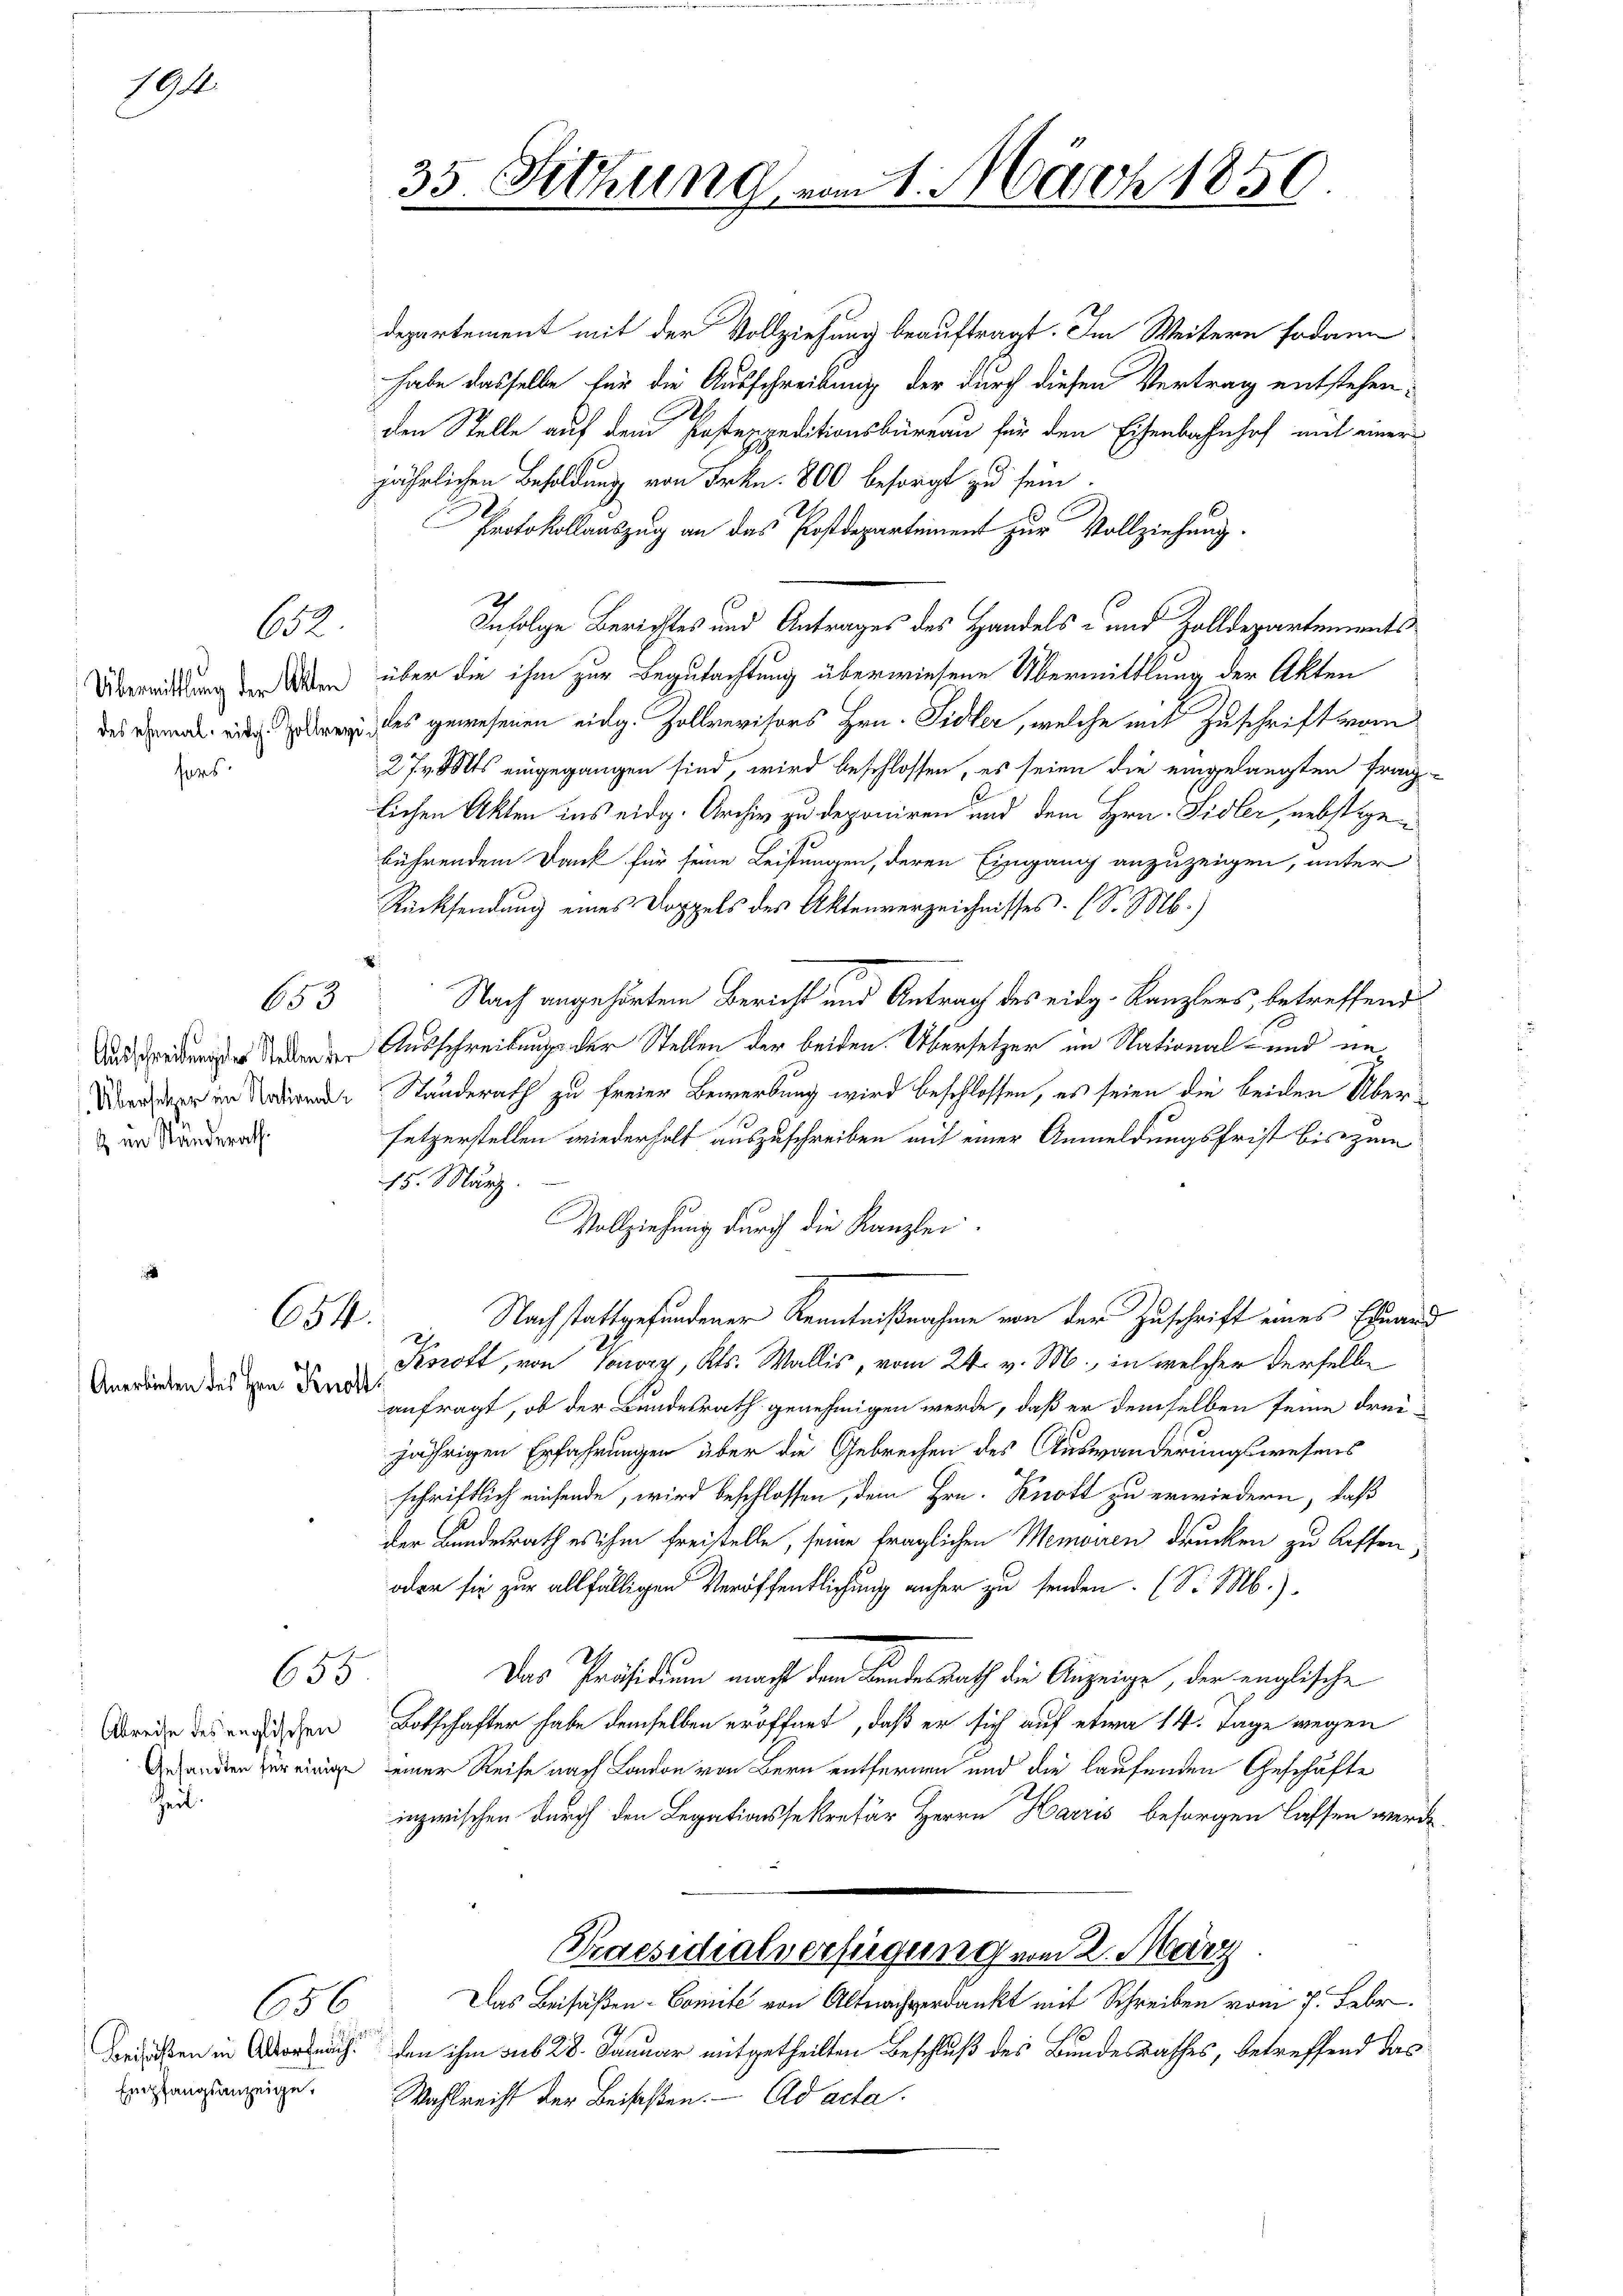
194.

Übermittlung der Akten
fors

62

departement mit der Vollziehung beauftragt. Im Weitern sodann
habe dasselbe für die Ausschreibung der durch diesen Vertrag entstehenden Stelle auf dem Pastexpeditionsbüreau für den Eisenbahnhof mit einer
jährlichen Besoldung von Frkn. 800 besorgt zu sein.
Protokollauszug an das Postdepartement zur Vollziehung.
Infolge Berichtes und Antrages des Handels- und Zolldepartements
über die ihm zur Begutachtung überwiesene Übermittlung der Akten
desmal in des gewesenen eidg. Zollrevisors Hrn. Sidler, welche mit Zuschrift vom
27 v. Mts eingegangen sind, wird beschlossen, es seien die eingelangten Franz-
lichen Akten ins eidg. Archiv zu deponiren und dem Hrn. Sidler, nebstegebührendem Dank für seine Leistungen, deren Eingang anzuzeigen, unter
Rücksendung eines Doppels des Aktenverzeichnisses. (S. M.)
Nach angehörtem Bericht und Antrag des eidg. Kanzlers, betreffend
  Ausschreibung der Stellen der beiden. Übersetzer im National- und im
Morher im Notirende Standerath zu freier Bewerbung wird beschlossen, es seien die beiden Übersetzerstellen wiederholt auszuschreiben mit einer Anmeldungsfrist bis zum
15. März.
Vollziehung durch die Kanzlei.
Nachstattgefundener Kenntnißnahme von der Zuschrift eines Ehemand
654.
21
Krott, von Honory, Kts. Wallis, vom 24. v. M., in welcher derselbe
anfragt, ob der Bundesrath genehmigen werde, daß er demselben seine drei-
jährigen Erfahrungen über die Gebrechen des Auswanderungswesens
schriftlich einsende, wird beschlossen, dem Hrn. Knott zu erwiedern, daß
der Landesrath es ihm freistelle, seine fraglichen Memoiren drucken zu bessen,
oder sie zur allfälligen Veröffentlichung anher zu senden. (S. M.)
2
655
Das Präsidium macht dem Bundesrath die Anzeige, der englische
Brede des endlichen Botschafter habe demselben eröffnet, daß er sich auf etwa 14. Tage wegen
Gesandten zur einige einer Reise nach London von Bern entfernen und die laufenden Geschäfte
inzwischen durch den Legationssekretär Herrn Harris besorgen lassen werde
Praesidialverfügung vom 2. März
Das Beisaßen-Comite von Altnachverdankt mit Schreiben vom 7. Febr.
656
1
Verdanken in Oberbruch den ihm sub 28. Januar mitgetheilten Beschluß des Bundesrathes, betreffend das
Wahlreicht der Beisaßen. - Ad acta.

im Ständerath

653

Anerbieten des Hrn. Knotts

Zeil

Empfangsanzeige.

35. Sitzung vom 1. März 1850.